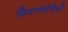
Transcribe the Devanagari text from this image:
विमानसेवेची